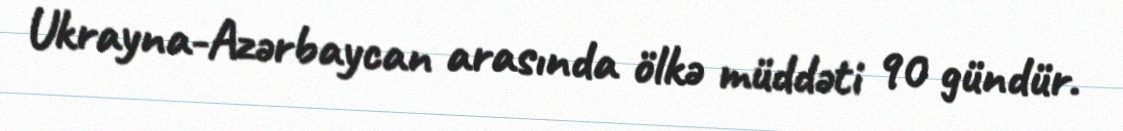
Ukrayna-Azərbaycan arasında ölkə müddəti 90 gündür.